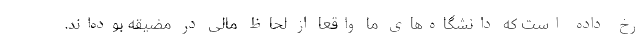
رخ داده است که دانشگاه‌های ما واقعا از لحاظ مالی در مضیقه بوده‌اند.